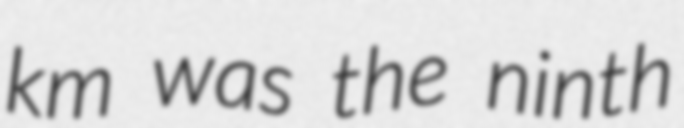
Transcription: km was the ninth